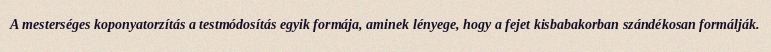
A mesterséges koponyatorzítás a testmódosítás egyik formája, aminek lényege, hogy a fejet kisbabakorban szándékosan formálják.